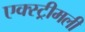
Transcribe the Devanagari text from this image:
एक्स्ट्रीमली